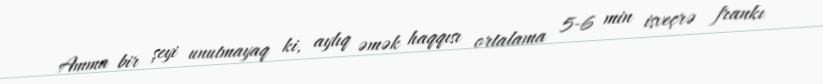
Amma bir şeyi unutmayaq ki, aylıq əmək haqqısı ortalama 5-6 min isveçrə frankı